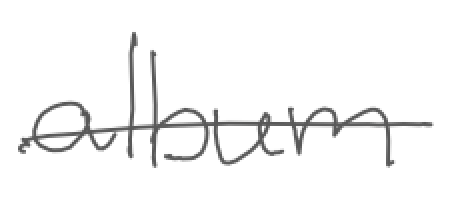
Text: album
Cross-out: single-line
Writing tool: digital_gray